Lunatic asylums Central Provinces reports 1895-1909 - 1895-1909
Year: 1895
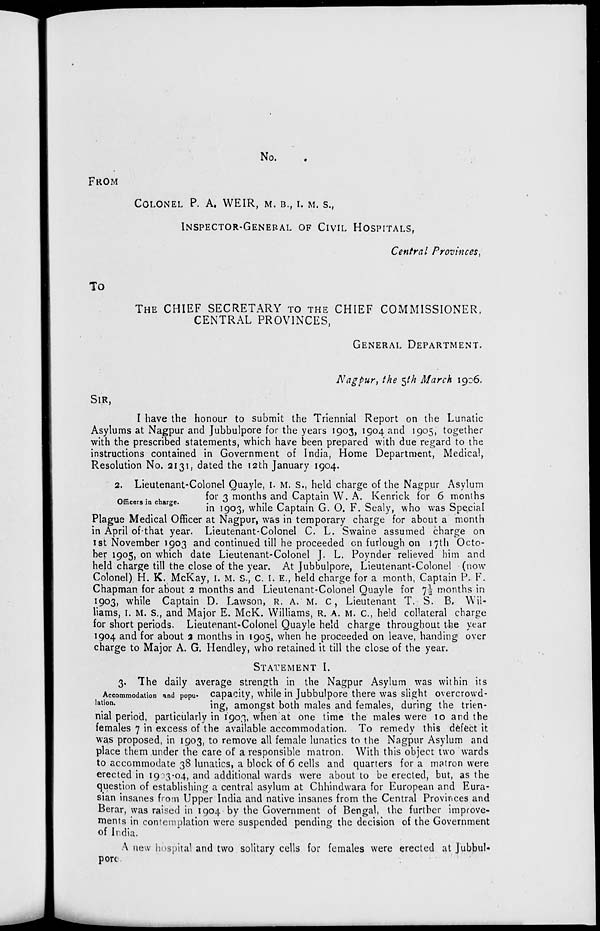
No.
FROM
COLONEL P. A. WEIR, M. B., I. M. S.,
INSPECTOR-GENERAL OF CIVIL HOSPITALS,
Central Provinces,
To
THE CHIEF SECRETARY TO THE CHIEF COMMISSIONER,
CENTRAL PROVINCES,
GENERAL DEPARTMENT.
Nagpur, the 5th March 1906.
SIR,
I have the honour to submit the Triennial Report on the Lunatic
Asylums at Nagpur and Jubbulpore for the years 1903, 1904 and 1905, together
with the prescribed statements, which have been prepared with due regard to the
instructions contained in Government of India, Home Department, Medical,
Resolution No. 2131, dated the 12th January 1904.
Officers in charge.
2. Lieutenant-Colonel Quayle, I. M. S., held charge of the Nagpur Asylum
for 3 months and Captain W. A. Kenrick for 6 months
in 1903, while Captain G.O.F. Sealy, who was Special
Plague Medical Officer at Nagpur, was in temporary charge for about a month
in April of that year. Lieutenant-Colonel C. L. Swaine assumed charge on
1st November 1903 and continued till he proceeded on furlough on 17th Octo-
ber 1905, on which date Lieutenant-Colonel J. L. Poynder relieved him and
held charge till the close of the year. At Jubbulpore, Lieutenant-Colonel (now
Colonel) H. K. McKay, I. M. S., C. I. E., held charge for a month, Captain P. F.
Chapman for about 2 months and Lieutenant-Colonel Quayle for 7½ months in
1903, while Captain D. Lawson, R. A. M. C, Lieutenant T. S. B. Wil-
liams, I. M. S., and Major E. McK. Williams, R. A. M. C., held collateral charge
for short periods. Lieutenant-Colonel Quayle held charge throughout the year
1904 and for about 2 months in 1905, when he proceeded on leave, handing over
charge to Major A. G. Hendley, who retained it till the close of the year.
STATEMENT I.
Accommodation and popu-
lation.
3. The daily average strength in the Nagpur Asylum was within its
capacity, while in Jubbulpore there was slight overcrowd-
ing, amongst both males and females, during the trien-
nial period, particularly in 1903, when at one time the males were 10 and the
females 7 in excess of the available accommodation. To remedy this defect it
was proposed, in 1903, to remove all female lunatics to the Nagpur Asylum and
place them under the care of a responsible matron. With this object two wards
to accommodate 38 lunatics, a block of 6 cells and quarters for a matron were
erected in 1903-04, and additional wards were about to be erected, but, as the
question of establishing a central asylum at Chhindwara for European and Eura-
sian insanes from Upper India and native insanes from the Central Provinces and
Berar, was raised in 1904 by the Government of Bengal, the further improve-
ments in contemplation were suspended pending the decision of the Government
of India.
A new hospital and two solitary cells for females were erected at Jubbul-
pore